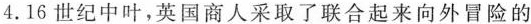
4.16世纪中叶，英国商人采取了联合起来向外冒险的